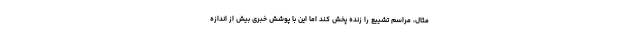
مثال، مراسم تشییع را زنده پخش کند اما این با پوشش خبری بیش از اندازه